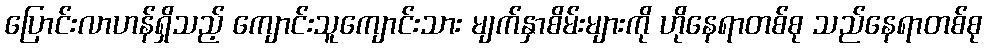
ပြောင်းလာဟန်ရှိသည့် ကျောင်းသူကျောင်းသား မျက်နှာစိမ်းများကို ဟိုနေရာတစ်စု သည်နေရာတစ်စု